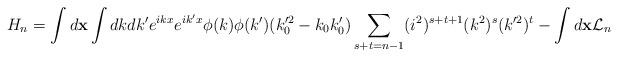
LaTeX: \begin{align*}H_n=\int d{\bf x}\int dk dk' e^{ikx}e^{ik'x}\phi (k)\phi (k')(k_0'^2-k_0 k_0')\sum_{s+t=n-1} (i^2)^{s+t+1}(k^2)^s(k'^2)^t-\int d{\bf x} {\cal L}_n\end{align*}